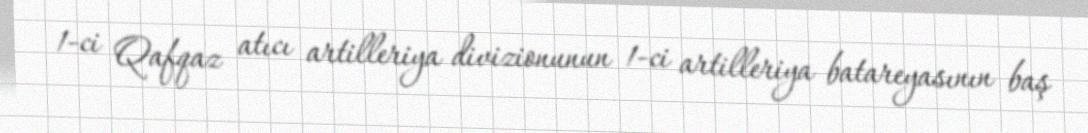
1-ci Qafqaz atıcı artilleriya divizionunun 1-ci artilleriya batareyasının baş